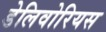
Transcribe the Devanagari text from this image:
डेलिवोरियस